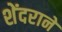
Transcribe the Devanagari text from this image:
शेंदराने